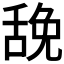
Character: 𰰃